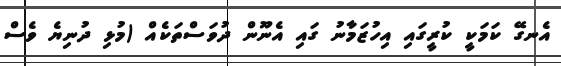
އެނގޭ ކަމަކީ ކުރީގައި އިހުޒަމާނު ގައި އެނޫން ދުވަސްތަކެއް (މުޅި ދުނިޔެ ވެސް